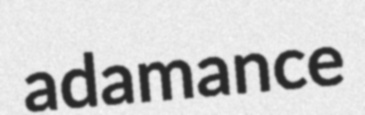
adamance